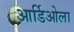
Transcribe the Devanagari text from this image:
आर्डिओला